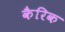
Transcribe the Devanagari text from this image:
कैरिक